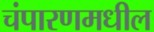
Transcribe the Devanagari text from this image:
चंपारणमधील